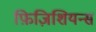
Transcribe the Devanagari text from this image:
फ़िज़िशियन्स